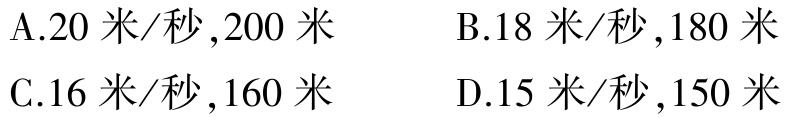
A.20 米/秒,200 米

B.18 米/秒,180 米

C.16 米/秒,160 米

D.15 米/秒,150 米